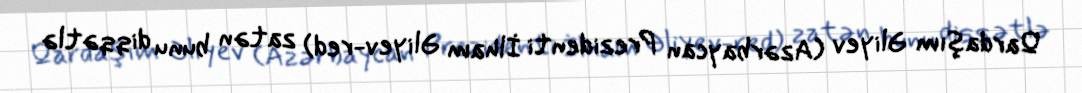
Qardaşım Əliyev (Azərbaycan Prezidenti İlham Əliyev-red) zatən bunu diqqətlə